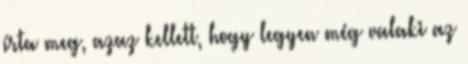
írta meg, azaz kellett, hogy legyen még valaki az